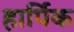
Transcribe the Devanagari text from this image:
हार्पिक